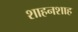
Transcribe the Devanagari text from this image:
शाहनशाह